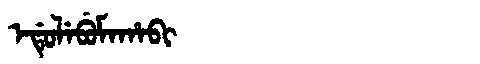
Manchu: ᡝᡩᡠᠯᡝᠪᡠᠮᠠᡥᠠᠪᡳ
Romanization: EDULEBUMAHABI